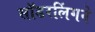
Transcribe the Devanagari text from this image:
सॉडरलिंगने